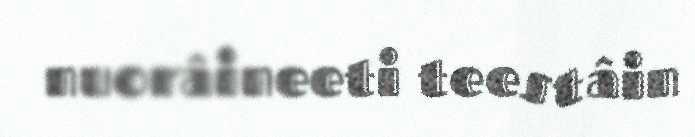
nuorâineeti teestâin